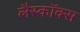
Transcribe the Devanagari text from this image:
लैस्कॉक्स